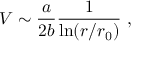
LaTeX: V \sim { \frac { a } { 2 b } } { \frac { 1 } { \mathrm { l n } ( r / r _ { 0 } ) } } ~ ,